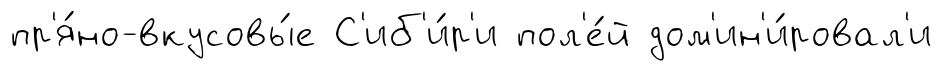
пр'я́но-вкусовы́е С'иб'и́р'и пол'е́й дом'ин'и́ровал'и